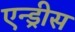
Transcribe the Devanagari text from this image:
एन्ड्रीस